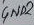
Text: GND2